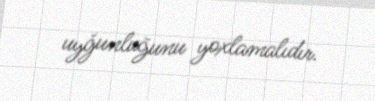
uyğunluğunu yoxlamalıdır.